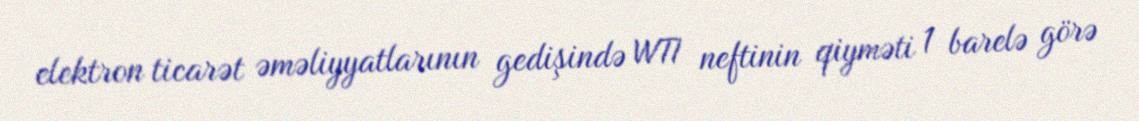
elektron ticarət əməliyyatlarının gedişində WTI neftinin qiyməti 1 barelə görə